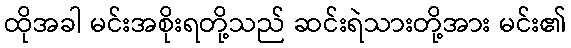
ထိုအခါ မင်းအစိုးရတို့သည် ဆင်းရဲသားတို့အား မင်း၏